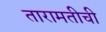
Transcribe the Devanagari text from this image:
तारामतीची